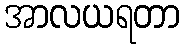
အာလယရတာ